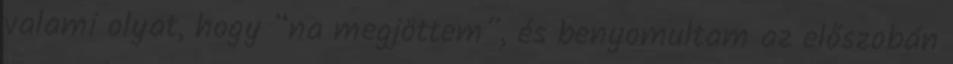
valami olyat, hogy “na megjöttem”, és benyomultam az előszobán